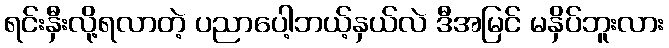
ရင်းနှီးလို့ရလာတဲ့ ပညာပေါ့ဘယ့်နှယ်လဲ ဒီအမြင် မနှိပ်ဘူးလား